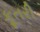
કૂતરી